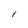
Character: l